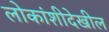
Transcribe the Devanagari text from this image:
लोकांशीदेखील